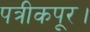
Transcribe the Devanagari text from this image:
पत्रीकपूर।